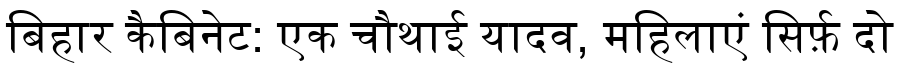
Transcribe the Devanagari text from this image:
बिहार कैबिनेट: एक चौथाई यादव, महिलाएं सिर्फ़ दो